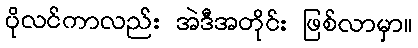
ပိုလင်ကာလည်း အဲဒီအတိုင်း ဖြစ်လာမှာ။